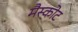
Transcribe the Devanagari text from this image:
मैस्कोट